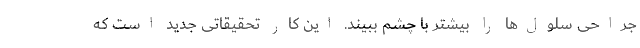
جراحی سلول‌ها را بیشتر با چشم ببیند. این کار تحقیقاتی جدید است که